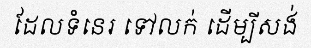
ដែលទំនេរ ទៅលក់ ដើម្បីសង់